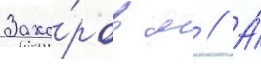
Заха́ров м // А́